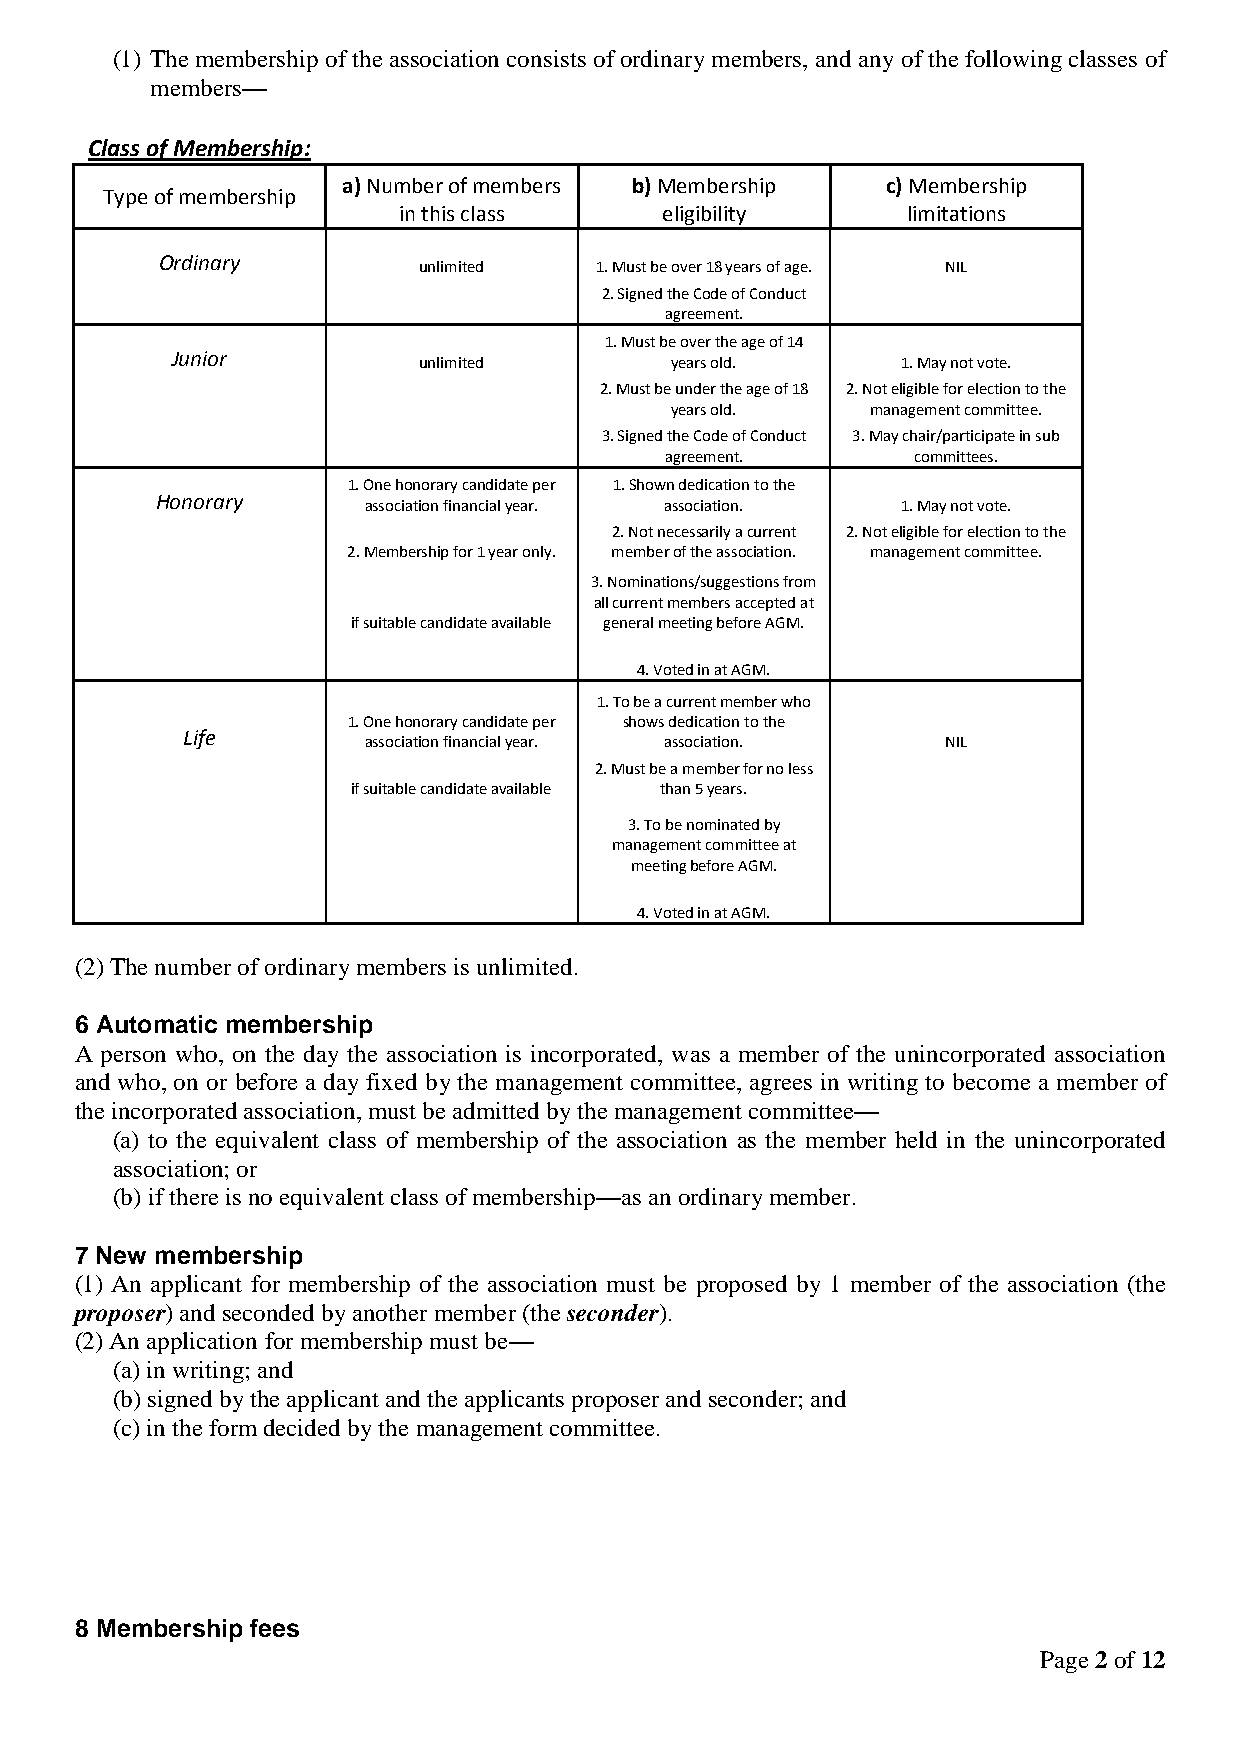
(1) The membership of the association consists of ordinary members, and any of the following classes of
 members—
 Class of Membership:
 a) Number of members b) Membership  c) Membership
 Type of membership
 in this class     eligibility     limitations
 Ordinary
 unlimited  1. Must be over 18 years of age. NIL
 2. Signed the Code of Conduct
 agreement.
 1. Must be over the age of 14
 Junior
 unlimited       years old.      1. May not vote.
 2. Must be under the age of 18 2. Not eligible for election to the
 years old.    management committee.
 3. Signed the Code of Conduct 3. May chair/participate in sub
 agreement.      committees.
 1. One honorary candidate per 1. Shown dedication to the
 Honorary
 association financial year. association. 1. May not vote.
 2. Not necessarily a current 2. Not eligible for election to the
 2. Membership for 1 year only. member of the association. management committee.
 3. Nominations/suggestions from
 all current members accepted at
 if suitable candidate available general meeting before AGM.
 4. Voted in at AGM.
 1. To be a current member who
 1. One honorary candidate per shows dedication to the
 Life
 association financial year. association. NIL
 2. Must be a member for no less
 if suitable candidate available than 5 years.
 3. To be nominated by
 management committee at
 meeting before AGM.
 4. Voted in at AGM.
 (2) The number of ordinary members is unlimited.
 6 Automatic membership
 A person who, on the day the association is incorporated, was a member of the unincorporated association
 and who, on or before a day fixed by the management committee, agrees in writing to become a member of
 the incorporated association, must be admitted by the management committee—
 (a) to the equivalent class of membership of the association as the member held in the unincorporated
 association; or
 (b) if there is no equivalent class of membership—as an ordinary member.
 7 New membership
 (1) An applicant for membership of the association must be proposed by 1 member of the association (the
 proposer) and seconded by another member (the seconder).
 (2) An application for membership must be—
 (a) in writing; and
 (b) signed by the applicant and the applicants proposer and seconder; and
 (c) in the form decided by the management committee.
 8 Membership fees
 Page 2 of 12